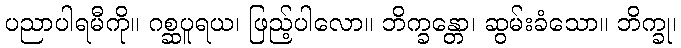
ပညာပါရမီကို။ ဂစ္ဆပူရယ၊ ဖြည့်ပါလော။ ဘိက္ခန္တော၊ ဆွမ်းခံသော။ ဘိက္ခု၊